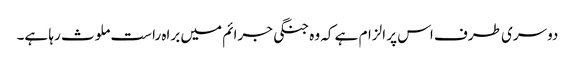
دوسری طرف اس پر الزام ہے کہ وہ جنگی جرائم میں براہ راست ملوث رہا ہے۔